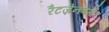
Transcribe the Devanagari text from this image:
रैटज़ेनबर्गर